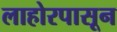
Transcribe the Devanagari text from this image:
लाहोरपासून